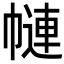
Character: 𢄱